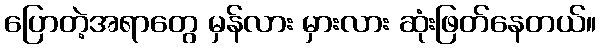
ပြောတဲ့အရာတွေ မှန်လား မှားလား ဆုံးဖြတ်နေတယ်။